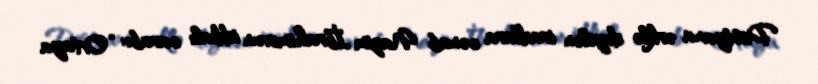
Dostyana ərklə deyilən iradlara cənab Nazim İbrahimovun iddialı cavabı: “Ortaya